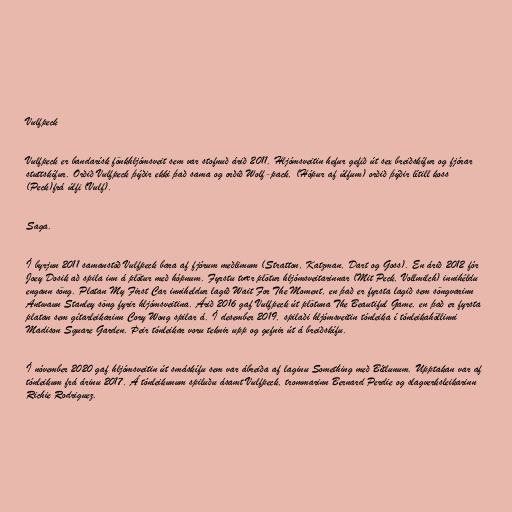
Vulfpeck

Vulfpeck er bandarísk fönkhljómsveit sem var stofnuð árið 2011. Hljómsveitin hefur gefið út sex breiðskífur og fjórar
stuttskífur. Orðið Vulfpeck þýðir ekki það sama og orðið Wolf-pack, (Hópur af úlfum) orðið þýðir lítill koss
(Peck)frá úlfi (Vulf).

Saga.

Í byrjun 2011 samanstóð Vulfpeck bara af fjórum meðlimum (Stratton, Katzman, Dart og Goss). En árið 2012 fór
Joey Dosik að spila inn á plötur með hópnum. Fyrstu tvær plötur hljómsveitarinnar (Mit Peck, Vollmilch) innihéldu
engann söng. Platan My First Car inniheldur lagið Wait For The Moment, en það er fyrsta lagið sem söngvarinn
Antwaun Stanley söng fyrir hljómsveitina. Árið 2016 gaf Vulfpeck út plötuna The Beautiful Game, en það er fyrsta
platan sem gítarleikarinn Cory Wong spilar á. Í desember 2019, spilaði hljómsveitin tónleika í tónleikahöllinni
Madison Square Garden. Þeir tónleikar voru teknir upp og gefnir út á breiðskífu.

Í nóvember 2020 gaf hljómsveitin út smáskífu sem var ábreiða af laginu Something með Bítlunum. Upptakan var af
tónleikum frá árinu 2017. Á tónleikunum spiluðu ásamt Vulfpeck, trommarinn Bernard Perdie og slagverksleikarinn
Richie Rodriguez.